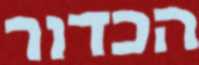
הכדור